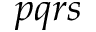
p q r s